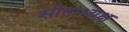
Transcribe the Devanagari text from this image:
सीताध्यक्ष